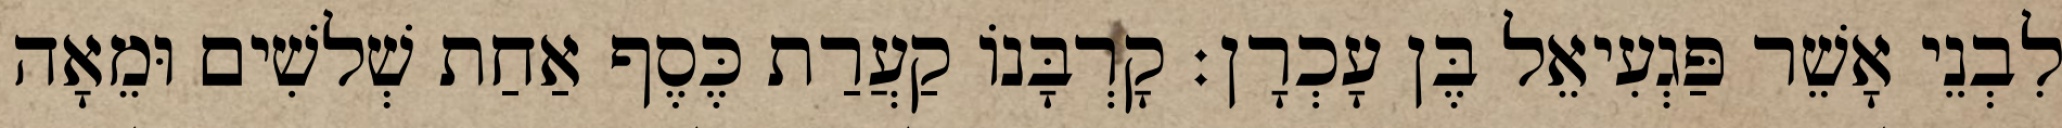
לִבְנֵי אָשֵׁר פַּגְעִיאֵל בֶּן עָכְרָן׃ קָרְבָּנוֹ קַעֲרַת כֶּסֶף אַחַת שְׁלשִׁים וּמֵאָה